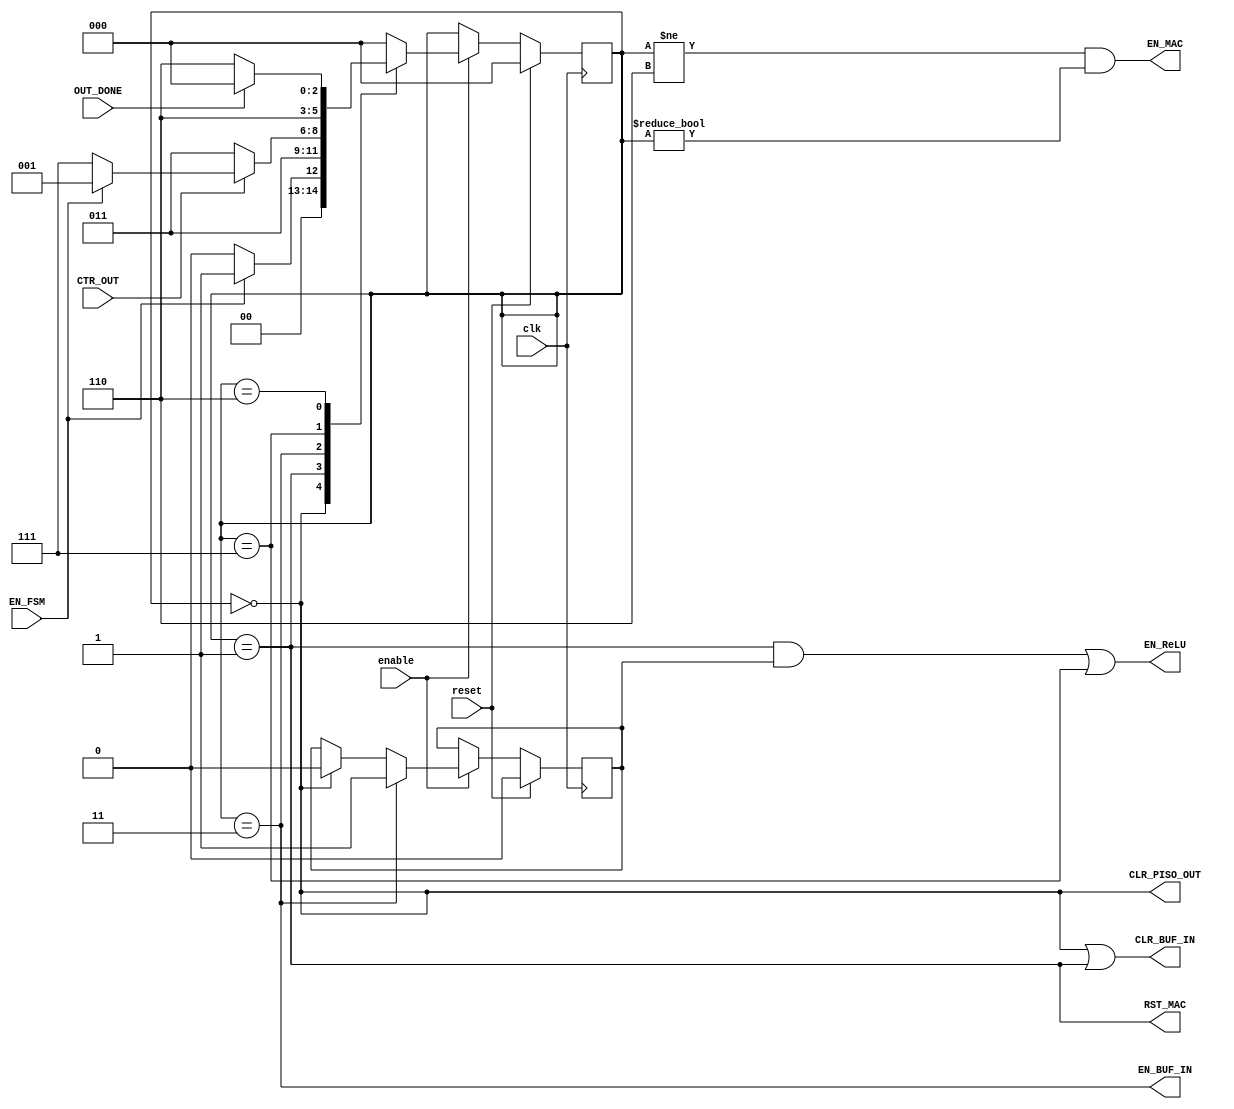
module FSM_ACC (
    input clk,
    input reset,
    input enable,
    input CTR_OUT,
    input EN_FSM,
    input OUT_DONE,
    output EN_BUF_IN,
    output CLR_BUF_IN,
    output EN_MAC,
    output RST_MAC,      //act as both the reset signal for MAC1 and downcount counter
    output EN_ReLU,     
    output CLR_PISO_OUT 
);

    reg [2:0] current_state,next_state;
    reg ACC_Flag; // flag signal that is only used inside the FSM, indicting the FSM has gone through ACC state
    parameter IDLE=3'b000, BIAS=3'b001, ACC=3'b011, LAST=3'b111, WAIT=3'b110;

//combinational state transtion definition
    always @(*) begin
        case (current_state)
            IDLE: if (EN_FSM) next_state=BIAS;
                  else        next_state=IDLE;

            BIAS: next_state=ACC;

            ACC: if (~CTR_OUT) next_state=ACC;
                 else begin
                    if (EN_FSM) next_state=BIAS;
                    else        next_state=LAST;
                 end

            LAST: next_state=WAIT;

            WAIT: if (~OUT_DONE) next_state=WAIT;
                  else next_state=IDLE;

            default: next_state=IDLE;
        endcase
    end

//sequential state change
    always @(posedge clk) begin
        if (reset) begin
            current_state<=IDLE;
            ACC_Flag<=0;
        end

        else if (enable) begin
            current_state<=next_state;
            if (current_state==IDLE) ACC_Flag<=0;   //clear the acc flag if reset
            if (current_state==ACC)  ACC_Flag<=1;   //set the acc flag if gone through ACC state
        end

    end

//Moore machine, output only relevant to current state
    assign EN_BUF_IN = (current_state==ACC);
    assign CLR_BUF_IN = (current_state==IDLE) || (current_state==BIAS);
    assign EN_MAC = (current_state!=WAIT) && (current_state!=IDLE);
    assign RST_MAC = (current_state==BIAS);
    assign CLR_PISO_OUT = (current_state==IDLE);
    assign EN_ReLU = ((current_state==BIAS) && ACC_Flag ) || (current_state==LAST);


endmodule